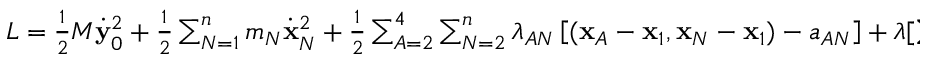
\begin{array} { r } { L = \frac 1 2 M \dot { \bf y } _ { 0 } ^ { 2 } + \frac 1 2 \sum _ { N = 1 } ^ { n } m _ { N } \dot { \bf x } _ { N } ^ { 2 } + \frac 1 2 \sum _ { A = 2 } ^ { 4 } \sum _ { N = 2 } ^ { n } \lambda _ { A N } \left[ ( { \bf x } _ { A } - { \bf x } _ { 1 } , { \bf x } _ { N } - { \bf x } _ { 1 } ) - a _ { A N } \right] + \boldsymbol { \lambda } [ \sum _ { 1 } ^ { n } m _ { N } { \bf x } _ { N } ] . } \end{array}